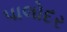
પાલોદર